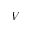
V